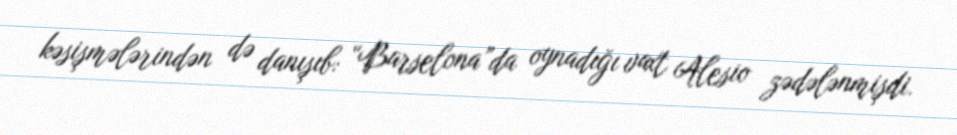
kəsişmələrindən də danışıb: “Barselona”da oynadığı vaxt Alesio zədələnmişdi.